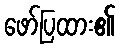
ဖော်ပြထား၏